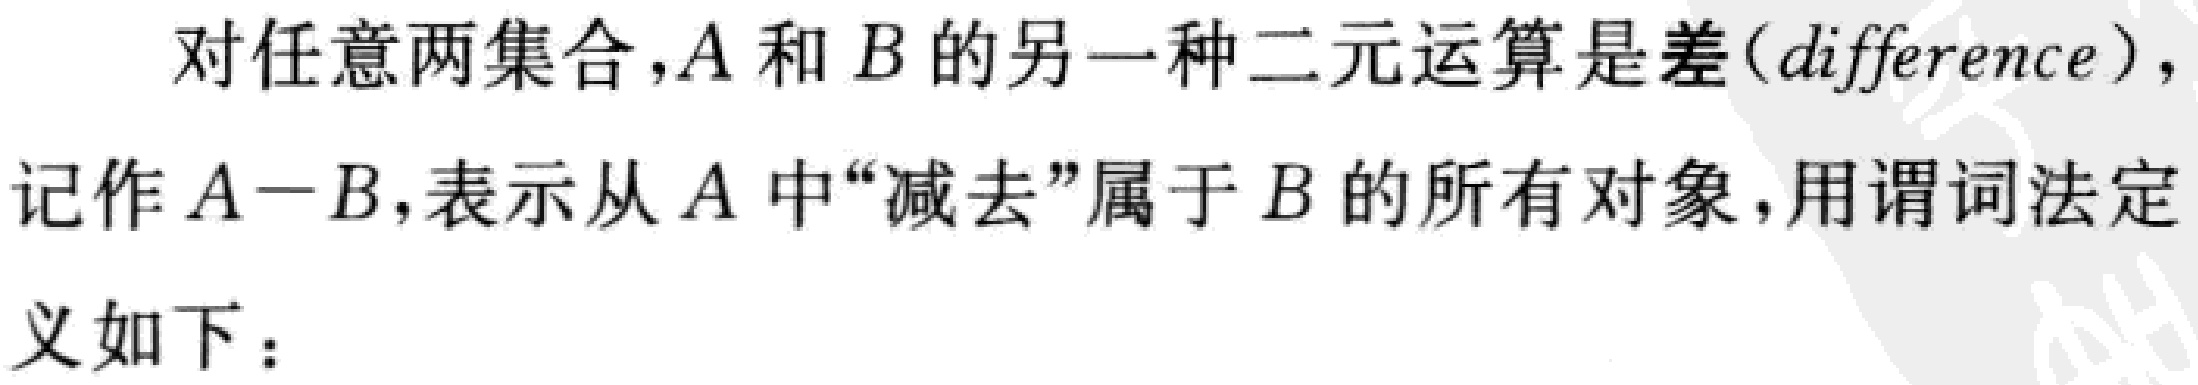
对任意两集合，\(A\)和\(B\)的另一种二元运算是差(difference)，记作\(A - B\)，表示从\(A\)中“减去”属于\(B\)的所有对象，用谓词法定义如下：